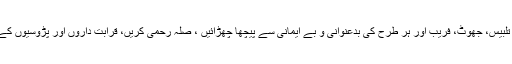
ظلم، حق و باطل کی تلبیس، جھوٹ، فریب اور ہر طرح کی بدعنوانی و بے ایمانی سے پیچھا چھڑائیں ، صلہ رحمی کریں، قرابت داروں اور پڑوسیوں کے حقوق ادا کریں اور۔